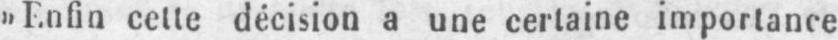
»Enfin celle décision a une certaine importance